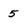
Character: 5